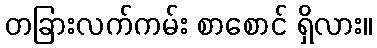
တခြားလက်ကမ်း စာစောင် ရှိလား။